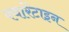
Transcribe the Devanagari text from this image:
क्वारेंटाइन